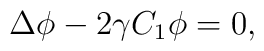
\Delta \phi-2\gamma C_1\phi=0,